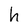
Character: h